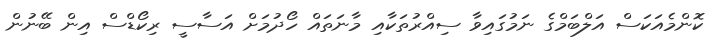
ކޮންމެއަކަސް އަލްބަމްގެ ނަމުގައިވާ ސިއްރުތަކާއި މާނަތައް ހޯދުމަށް އަސާސީ ރިކޯޑްސް އިން ބޭނުން